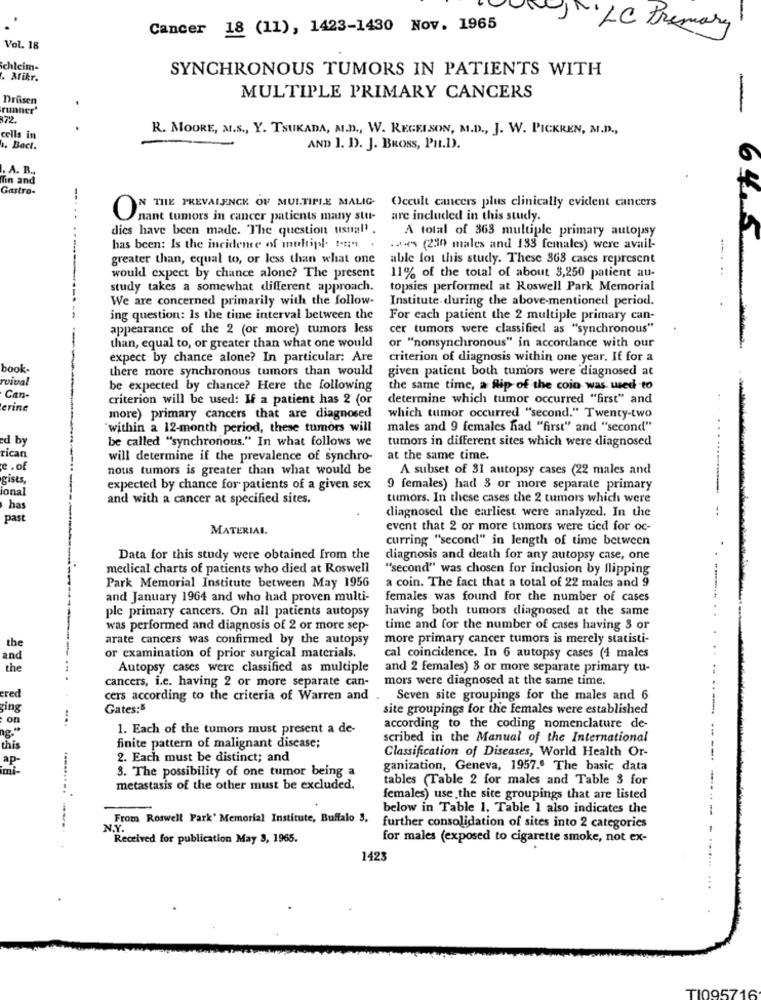
-
Cancer 18 (11), 1423-1430 Nov. 1965
LC Primary
Vol. 18
Schleim-
SYNCHRONOUS TUMORS IN PATIENTS WITH
. Mikr.
Drüsen
MULTIPLE PRIMARY CANCERS
runner'
-
R. MOORE, M.s ., Y. TSUKADA, M.D ., W. REGEISON, M.D ., J. W. PICKREN, M.D .,
cells in
4. Bact.
AND 1. D. J. BROSS, PH.D).
. A. B ..
Tin and
Gastro-
--
Occult cancers plus clinically evident cancers
N THE PREVALENCE OF MULTIPLE MALIG-
Unant tumors in cancer patients many stu-
are included in this study.
dies have been made. The question usual' .
A total of 363 multiple primary autopsy
has been: Is the incidence of multipl. !?;. .
.++ (230 males and 133 females) were avail-
greater than, equal to, or less than what one
able for this study. These 368 cases represent
......
would expect by chance alone? The present
11% of the total of about 3,250 patient au-
study takes a somewhat different approach.
topsies performed at Roswell Park Memorial
We are concerned primarily with the follow-
Institute during the above-mentioned period.
ing question: Is the time interval between the
For each patient the 2 multiple primary can-
appearance of the 2 (or more) tumors less
cer tumors were classified as "synchronous"
than, equal to, or greater than what one would
or "nonsynchronous" in accordance with our
expect by chance alone? In particular: Are
criterion of diagnosis within one year. If for a
book
there more synchronous tumors than would
given patient both tumors were diagnosed at
ruival
be expected by chance? Here the following
the same time, a flip of the coin was used to
Can-
criterion will be used: If a patient has 2 (or
determine which tumor occurred "first" and
erine
more) primary cancers that are diagnosed
which tumor occurred "second." Twenty-two
"within a 12-month period, these tumors will
males and 9 females had "first" and "second"
...
ed b
be called "synchronous." In what follows we
tumors in different sites which were diagnosed
rican
will determine if the prevalence of synchro-
at the same time.
e . of
nous tumors is greater than what would be
A subset of 31 autopsy cases (22 males and
gists
expected by chance for patients of a given sex
9 females) had 3 or more separate primary
-
ional
and with a cancer at specified sites.
tumors. In these cases the 2 tumors which were
has
diagnosed the earliest were analyzed. In the
past
MATERIAL.
event that 2 or more tumors were tied for oc-
curring "second" in length of time between
Data for this study were obtained from the
diagnosis and death for any autopsy case, one
medical charts of patients who died at Roswell
""second" was chosen for inclusion by flipping
Park Memorial Institute between May 1956
a coin. The fact that a total of 22 males and 9
and January 1964 and who had proven multi-
females was found for the number of cases
ple primary cancers. On all patients autopsy
having both tumors diagnosed at the same
was performed and diagnosis of 2 or more sep-
time and for the number of cases having 3 or
arate cancers was confirmed by the autopsy
more primary cancer tumors is merely statisti-
the
..
and
or examination of prior surgical materials.
cal coincidence. In 6 autopsy cases (4 males
the
Autopsy cases were classified as multiple
and 2 females) 8 or more separate primary tu-
cancers, i.e. having 2 or more separate can-
mors were diagnosed at the same time.
red
cers according to the criteria of Warren and
Seven site groupings for the males and 6
ging
Gates:5
site groupings for the females were established
on
....
1. Each of the tumors must present a de-
according to the coding nomenclature de-
--
scribed in the Manual of the International
this
finite pattern of malignant disease;
Classification of Diseases, World Health Or-
ap-
2. Each must be distinct; and
--.
imi-
3. The possibility of one tumor being a
ganization, Geneva, 1957.º The basic data
tables (Table 2 for males and Table 3 for
metastasis of the other must be excluded.
females) use the site groupings that are listed
below in Table 1. Table 1 also indicates the
From Roswell Park' Memorial Institute, Buffalo 3,
N.Y.
further consolidation of sites into 2 categories
Received for publication May 3, 1965.
for males (exposed to cigarette smoke, not ex-
1423
...
TI0957